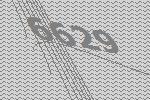
6629